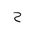
Letter: _ha